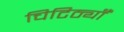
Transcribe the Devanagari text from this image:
चिटिठ्यॉँ